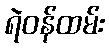
ရဲဝန်ထမ်း